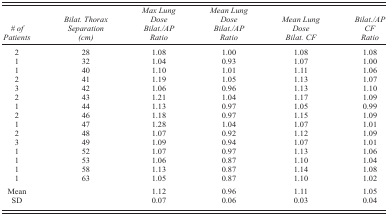
| # of Patients | Bilat. Thorax Separation (cm) | Max Lung Dose Bilat./AP Ratio | Mean Lung Dose Bilat./AP Ratio | Mean Lung Dose Bilat. CF | Bilat./AP CF Ratio |
 | --- | --- | --- | --- | --- | --- |
 | 2 | 28 | 1.08 | 1.00 | 1.08 | 1.08 |
 | 1 | 32 | 1.04 | 0.93 | 1.07 | 1.00 |
 | 1 | 40 | 1.10 | 1.01 | 1.11 | 1.06 |
 | 2 | 41 | 1.19 | 1.05 | 1.13 | 1.07 |
 | 3 | 42 | 1.06 | 0.96 | 1.13 | 1.10 |
 | 2 | 43 | 1.21 | 1.04 | 1.17 | 1.09 |
 | 1 | 44 | 1.13 | 0.97 | 1.05 | 0.99 |
 | 2 | 46 | 1.18 | 0.97 | 1.15 | 1.09 |
 | 1 | 47 | 1.28 | 1.04 | 1.07 | 1.01 |
 | 2 | 48 | 1.07 | 0.92 | 1.12 | 1.09 |
 | 3 | 49 | 1.09 | 0.94 | 1.07 | 1.01 |
 | 1 | 52 | 1.07 | 0.97 | 1.13 | 1.06 |
 | 1 | 53 | 1.06 | 0.87 | 1.10 | 1.04 |
 | 1 | 58 | 1.13 | 0.87 | 1.14 | 1.08 |
 | 1 | 63 | 1.05 | 0.87 | 1.10 | 1.02 |
 | Mean |  | 1.12 | 0.96 | 1.11 | 1.05 |
 | SD |  | 0.07 | 0.06 | 0.03 | 0.04 |